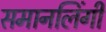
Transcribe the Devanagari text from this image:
समानलिंगी